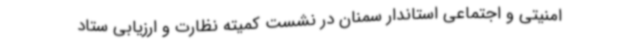
امنیتی و اجتماعی استاندار سمنان در نشست کمیته نظارت و ارزیابی ستاد